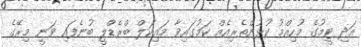
އަދި ޓީމުގެ މުހިއްމު ކުޅުންތެރިއެއް ކަމުގައިވާ މައިކަލް ބްރެޑްލީ ބުނެފައި ވަނީ މިރޭގެ